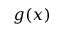
g ( x )